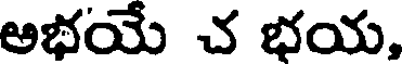
అభయే చ భయ,